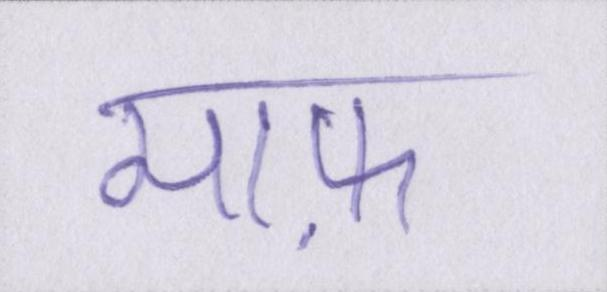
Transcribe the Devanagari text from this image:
माफ़